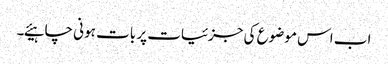
اب اس موضوع کی جزئیات پر بات ہونی چاہیئے۔